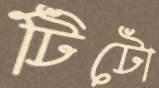
টিটো